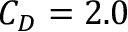
C _ { D } = 2 . 0